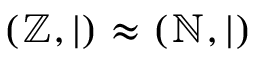
( \mathbb { Z } , | ) \approx ( \mathbb { N } , | )